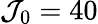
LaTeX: {{\mathcal{J}}_{0}}=40